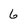
Character: 6